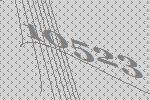
10523